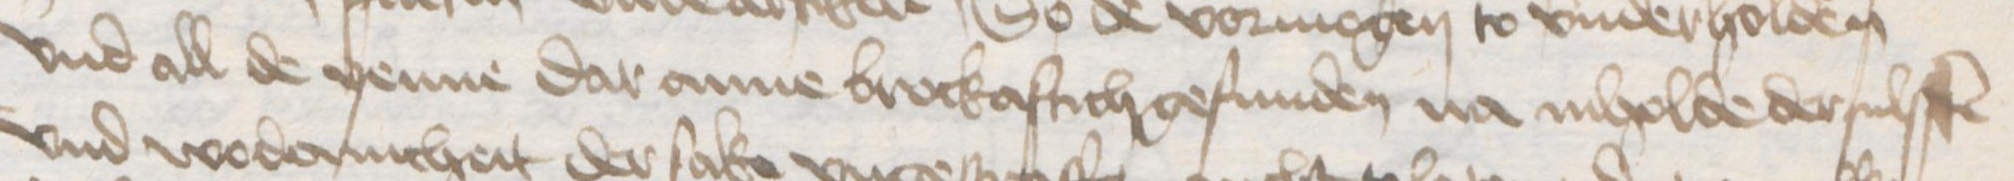
Transcription: vnd all de yenne dar anne brockaftich gefunden na inholde dersulffen